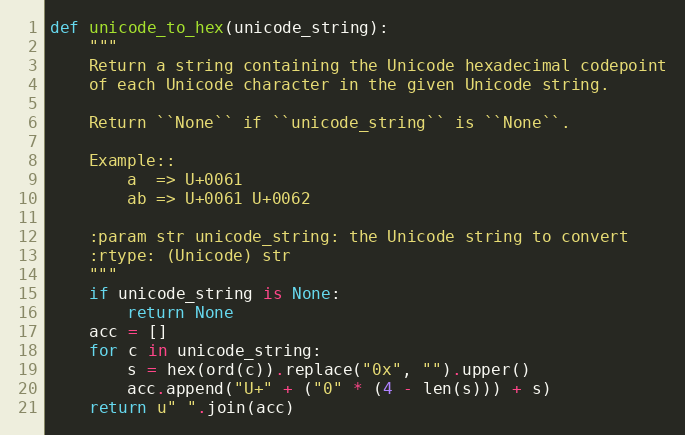
Language: Python
def unicode_to_hex(unicode_string):
    """
    Return a string containing the Unicode hexadecimal codepoint
    of each Unicode character in the given Unicode string.

    Return ``None`` if ``unicode_string`` is ``None``.

    Example::
        a  => U+0061
        ab => U+0061 U+0062

    :param str unicode_string: the Unicode string to convert
    :rtype: (Unicode) str
    """
    if unicode_string is None:
        return None
    acc = []
    for c in unicode_string:
        s = hex(ord(c)).replace("0x", "").upper()
        acc.append("U+" + ("0" * (4 - len(s))) + s)
    return u" ".join(acc)